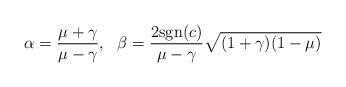
LaTeX: \begin{align*}\alpha=\frac{\mu+\gamma}{\mu-\gamma},\ \ \beta=\frac{2\textup{sgn}(c)}{\mu-\gamma}\sqrt{(1+\gamma)(1-\mu)}\end{align*}